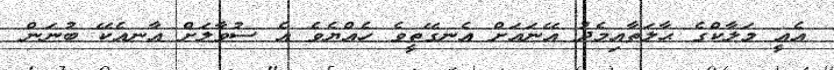
އެއީ މަލާކްގެ ޙާލަތާއިމެދު އޭނައަށް އެނގޭތީވެ ހެއްޔެވެ އެ ސުވާލަށް އާނއެކޭ ބުނަން